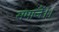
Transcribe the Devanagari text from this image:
समाजें।।